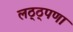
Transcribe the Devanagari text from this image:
लठ्ठ्पणा